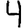
Digit: 4